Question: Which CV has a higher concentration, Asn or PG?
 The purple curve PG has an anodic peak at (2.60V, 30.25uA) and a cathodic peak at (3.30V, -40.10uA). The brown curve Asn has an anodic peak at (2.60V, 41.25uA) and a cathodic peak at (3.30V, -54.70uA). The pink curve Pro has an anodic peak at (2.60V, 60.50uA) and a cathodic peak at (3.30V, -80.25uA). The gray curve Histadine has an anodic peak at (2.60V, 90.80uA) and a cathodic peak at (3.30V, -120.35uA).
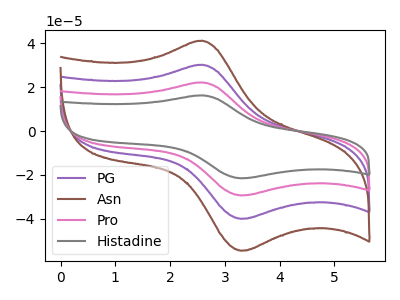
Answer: <think>All the peaks in "Asn" have a peak in "PG" at the same potential. Every peak in "Asn" is higher than every peak in "PG".
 </think>
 <answer>"Asn" has more signal than "PG" and so likely has a higher concentration.</answer>
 <eval>more_concentration</eval>